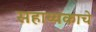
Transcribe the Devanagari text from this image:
सहाय्यकाचे